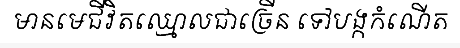
មានមេជីវិតឈ្មោលជាច្រើន ទៅបង្កកំណើត